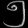
Digit: ၅